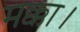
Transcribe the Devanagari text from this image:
मक्का।